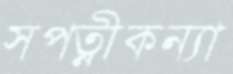
সপত্নীকন্যা